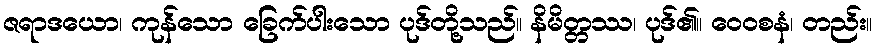
ဇရာဒယော၊ ကုန်သော ခြေက်ပါးသော ပုဒ်တို့သည်။ နိမိတ္တဿ၊ ပုဒ်၏။ ဝေဝစနံ၊ တည်း။